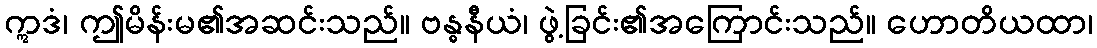
ဣဒံ၊ ဤမိန်းမ၏အဆင်းသည်။ ဗန္ဓနီယံ၊ ဖွဲ့ခြင်း၏အကြောင်းသည်။ ဟောတိယထာ၊